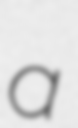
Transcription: a